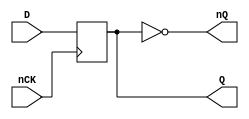
`timescale 1ns/1ns

module FD2(
	input nCK,
	input D,
	output reg Q,
	output nQ
);

	initial
		Q <= 1'b0;

	always @(negedge nCK)
		Q <= #1 D;
	
	assign nQ = ~Q;

endmodule